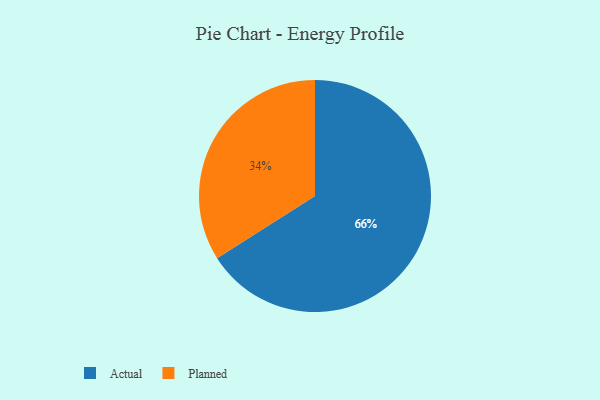
{"axis": {"x": "Category", "y": "Percentage"}, "legend": ["Actual", "Planned"], "data": [{"x": "Planned", "y": 34, "type": "Planned"}, {"x": "Actual", "y": 66, "type": "Actual"}]}